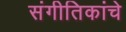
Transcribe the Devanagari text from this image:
संगीतिकांचे